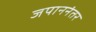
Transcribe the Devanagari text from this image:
जपाननंतर